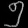
Digit: ၅